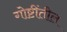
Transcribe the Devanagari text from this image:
गोष्टींतील